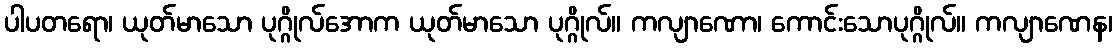
ပါပတရော၊ ယုတ်မာသော ပုဂ္ဂိုလ်အောက ယုတ်မာသော ပုဂ္ဂိုလ်။ ကလျာဏော၊ ကောင်းသောပုဂ္ဂိုလ်။ ကလျာဏေန၊